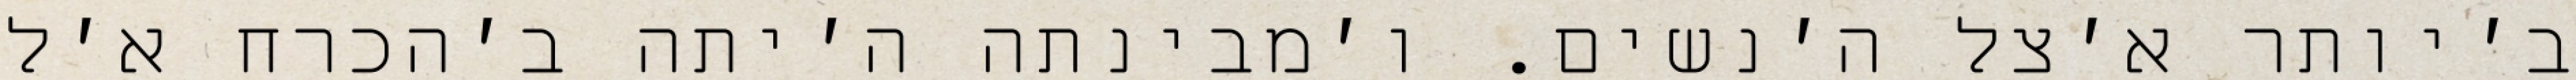
ב׳יותר א׳צל ה׳נשים. ו׳מבינתה ה׳יתה ב׳הכרח א׳ל